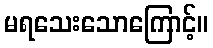
မရသေးသောကြောင့်။